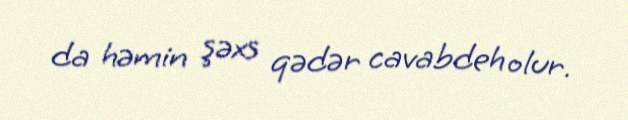
da həmin şəxs qədər cavabdeh olur.